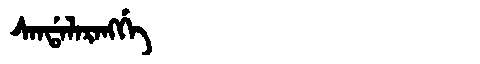
Manchu: ᠰᠠᠨᡩᠠᠯᠠᡵᠠᠩᡤᡝ
Romanization: SANDALARANGGE